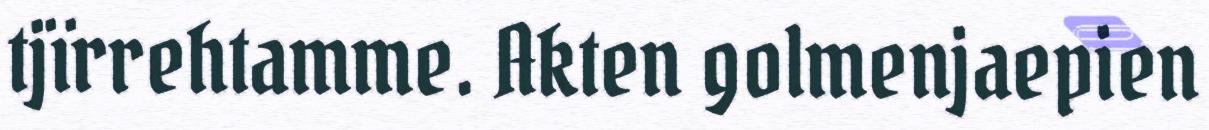
tjïrrehtamme. Akten golmenjaepien